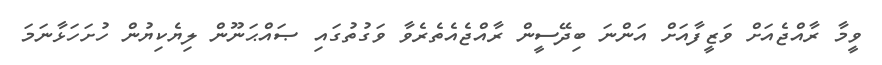
ވީމާ ރާއްޖެއަށް ވަޒީފާއަށް އަންނަ ބިދޭސީން ރާއްޖެއެތެރެވާ ވަގުތުގައި ޞައްޙަނޫން ލިޔެކިޔުން ހުށަހަޅާނަމަ